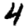
Digit: 4